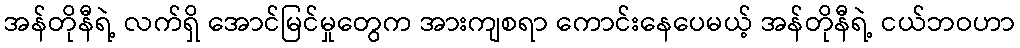
အန်တိုနီရဲ့ လက်ရှိ အောင်မြင်မှုတွေက အားကျစရာ ကောင်းနေပေမယ့် အန်တိုနီရဲ့ ငယ်ဘဝဟာ